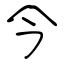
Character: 今